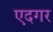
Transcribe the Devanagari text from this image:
एदगर